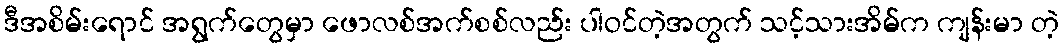
ဒီအစိမ်းရောင် အရွက်တွေမှာ ဖောလစ်အက်စစ်လည်း ပါဝင်တဲ့အတွက် သင့်သားအိမ်က ကျန်းမာ တဲ့